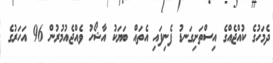
ދެމަހުގެ ކުއްޖެއްގެ އިސްތަށިގަނޑު ފެނިފައި އެތައް ބަޔަކު އާޝޯހު ވެއްޖެއުމުރުން 96 އަހަރުގެ